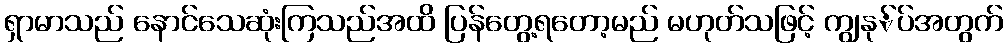
ရှာမာသည် နောင်သေဆုံးကြသည်အထိ ပြန်တွေ့ရတော့မည် မဟုတ်သဖြင့် ကျွနု်ပ်အတွက်